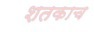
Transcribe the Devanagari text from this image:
शतकाच